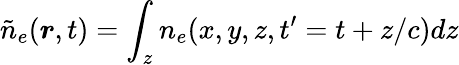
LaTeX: \tilde{n}_{e}(\boldsymbol{r},t)=\int_{z}n_{e}(x,y,z,t^{\prime}=t+z/c)dz